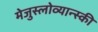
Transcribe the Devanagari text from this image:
मेजुस्लोव्यान्स्की